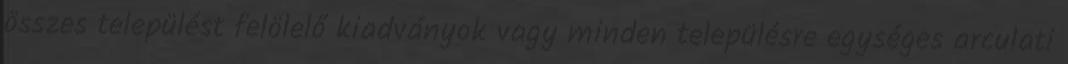
összes települést felölelő kiadványok vagy minden településre egységes arculati